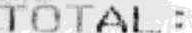
TOTAL :